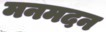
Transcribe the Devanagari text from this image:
मनमदन